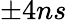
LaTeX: \pm 4ns